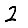
Digit: 2